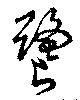
饕